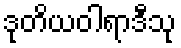
ဒုတိယဝါရာဒီသု